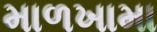
માળખામા